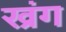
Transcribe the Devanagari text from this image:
ख्रंग